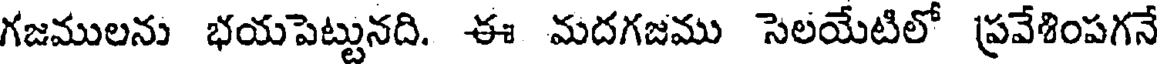
గజములను భయపెట్టునది. ఈ మదగజము సెలయేటిలో ప్రవేశింపగనే